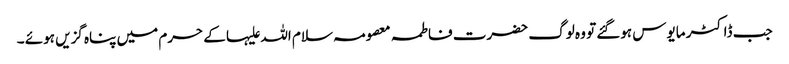
جب ڈاکٹر مایوس ہوگئے تو وہ لوگ حضرت فاطمہ معصومہ سلام اللہ علیہا کے حرم میں پناہ گزیں ہوئے ۔